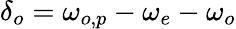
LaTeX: \delta_{o}=\omega_{o,p}-\omega_{e}-\omega_{o}